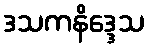
ဒသကနိဒ္ဒေသ